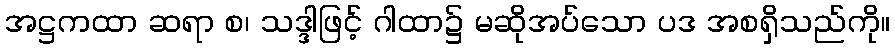
အဋ္ဌကထာ ဆရာ စ၊ သဒ္ဒါဖြင့် ဂါထာ၌ မဆိုအပ်သော ပဒ အစရှိသည်ကို။